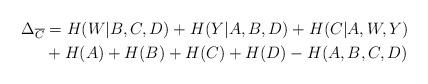
LaTeX: \begin{align*} \Delta_{\overline{C}} &= H(W|B,C,D) + H(Y|A,B,D) + H(C|A,W,Y)\\ & + H(A) + H(B) + H(C) + H(D) - H(A,B,C,D)\end{align*}